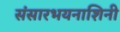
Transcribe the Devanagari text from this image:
संसारभयनाशिनी